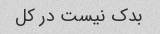
بدک نیست در کل